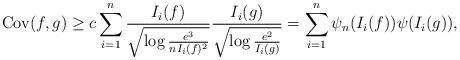
LaTeX: \begin{align*}\mathrm{Cov}(f,g) \geq c \sum_{i=1}^n \frac{I_i(f)}{\sqrt{\log \frac{e^3}{nI_i(f)^2}}}\frac{I_i(g)}{\sqrt{\log \frac{e^2}{I_i(g)}}} = \sum_{i=1}^n \psi_n(I_i(f)) \psi(I_i(g)),\end{align*}